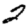
Digit: 2